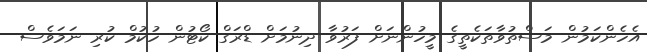
އެހެންކަމުން މަސްތުވާތަކެތީގެ މީހުންނަށް ފަރުވާ ދިނުމަށް ޑްރަގް ކޯޓުން ހުކުމް ކުރި ނަމަވެސް